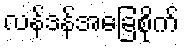
လန်ဒန်အခြေစိုက်